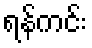
ရန်ကင်း